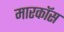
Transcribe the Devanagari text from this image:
मारकॉस